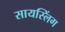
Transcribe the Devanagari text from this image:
सायस्लिंग